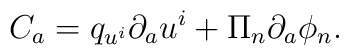
C_a = q_{u^i}\partial_a u^i + \Pi_n\partial_a\phi_n.